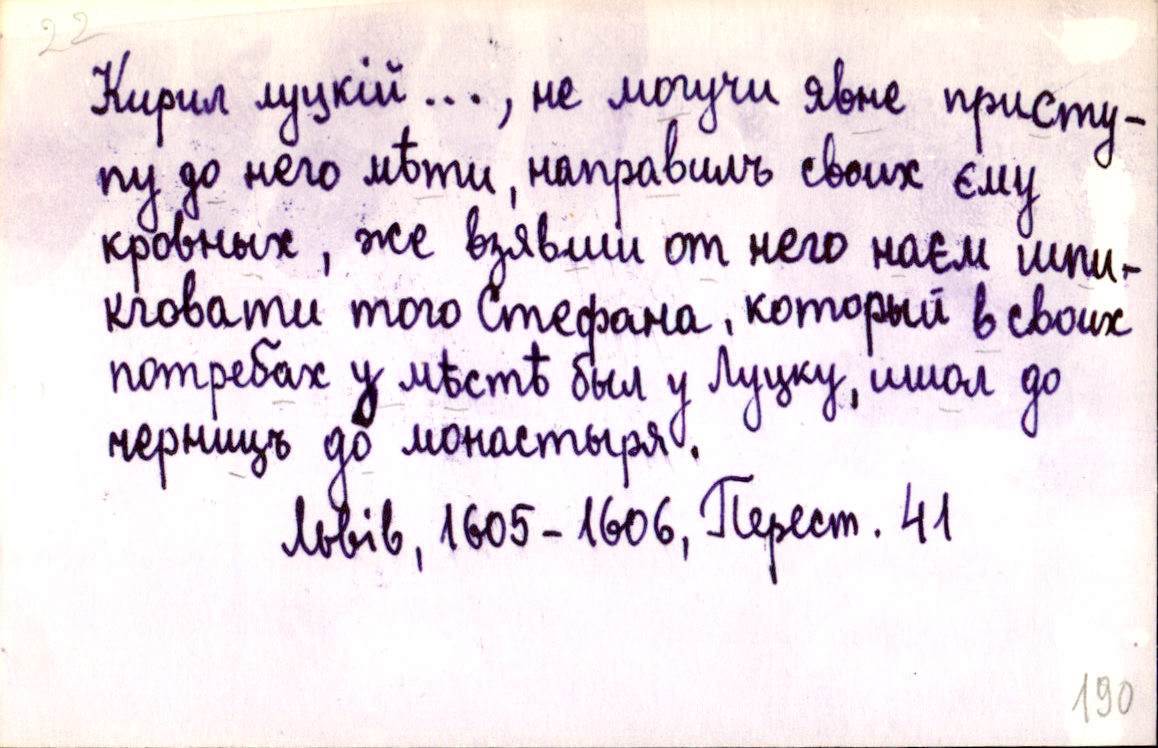
Кирил луцкій ..., не могучи явне присту-
пу до него мѣти, направилъ своих єму
кровных, же взявши от него наєм шпи-
кговати того Стефана, который в своих
потребах у мѣстѣ был у Луцку, ишол до
черницъ до монастыря.
Львів, 1605-1606, Перест. 41.